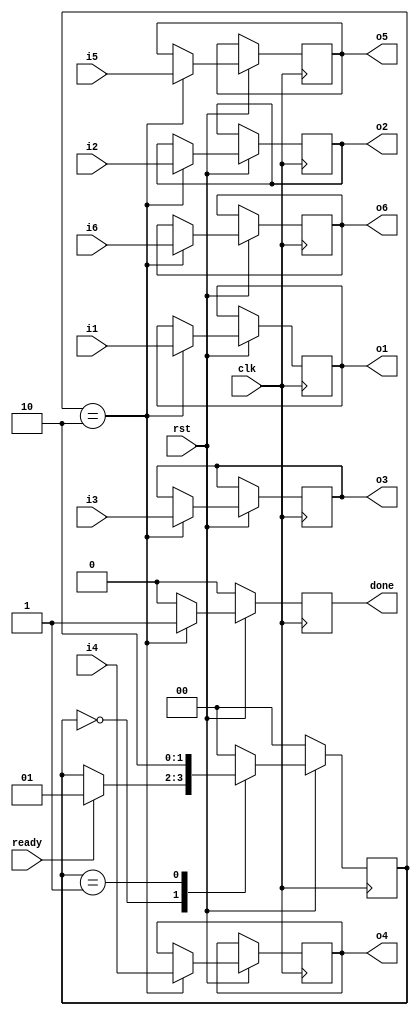
module scrambler_checker (ready, i1, i2, i3, i4, i5, i6, done, o1, o2, o3, o4, o5, o6, clk, rst);
	input ready, clk, rst;
	input [2:0] i1, i2, i3, i4, i5, i6;
	output done;
	output [2:0] o1, o2, o3, o4, o5, o6;
	reg done;
	reg [2:0] o1, o2, o3, o4, o5, o6;
	parameter Init = 2'b00, scramble = 2'b01, Done = 2'b10; 
	reg [1:0] state;
	
	
	always @ (posedge clk)
	begin
		if (rst == 1'b0) begin
			done <= 1'b0;
			state <= Init;
		end
		else begin 
 			case (state)
			Init: begin
				done <= 1'b0;
				if (ready == 1'b1) begin
					state <= scramble;
				end
			end
			scramble: begin
				done <= 1'b0;
				state <= Done;
			end
			Done: begin
				done <= 1'b1;
				o1 <= i1;
				o2 <= i2;
				o3 <= i3;
				o4 <= i4;
				o5 <= i5;
				o6 <= i6;
				state <= Init;
			end
			default: begin
				done <= 1'b0;
				state <= Init;
			end
			endcase
		end
	end
endmodule